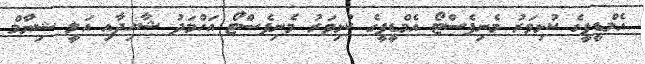
އެމްޑީޕީގެ ކުޅިވަރު މެނިފެސްޓޯ އެމްޑީޕީގެ ކުޅިވަރު މެނިފެސްޓޯ އަހްމަދު ޝާހިދާއި އަލީ ޝިޔާމް